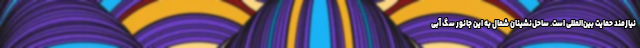
نیازمند حمایت بین‌المللی است. ساحل‌نشینان شمال به این جانور سگ آبی